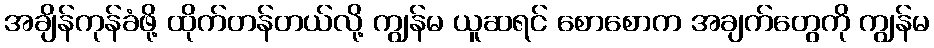
အချိန်ကုန်ခံဖို့ ထိုက်တန်တယ်လို့ ကျွန်မ ယူဆရင် စောစောက အချက်တွေကို ကျွန်မ